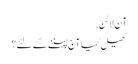
آن لائن.
کھیل کیا آج پہننے کے لئے؟